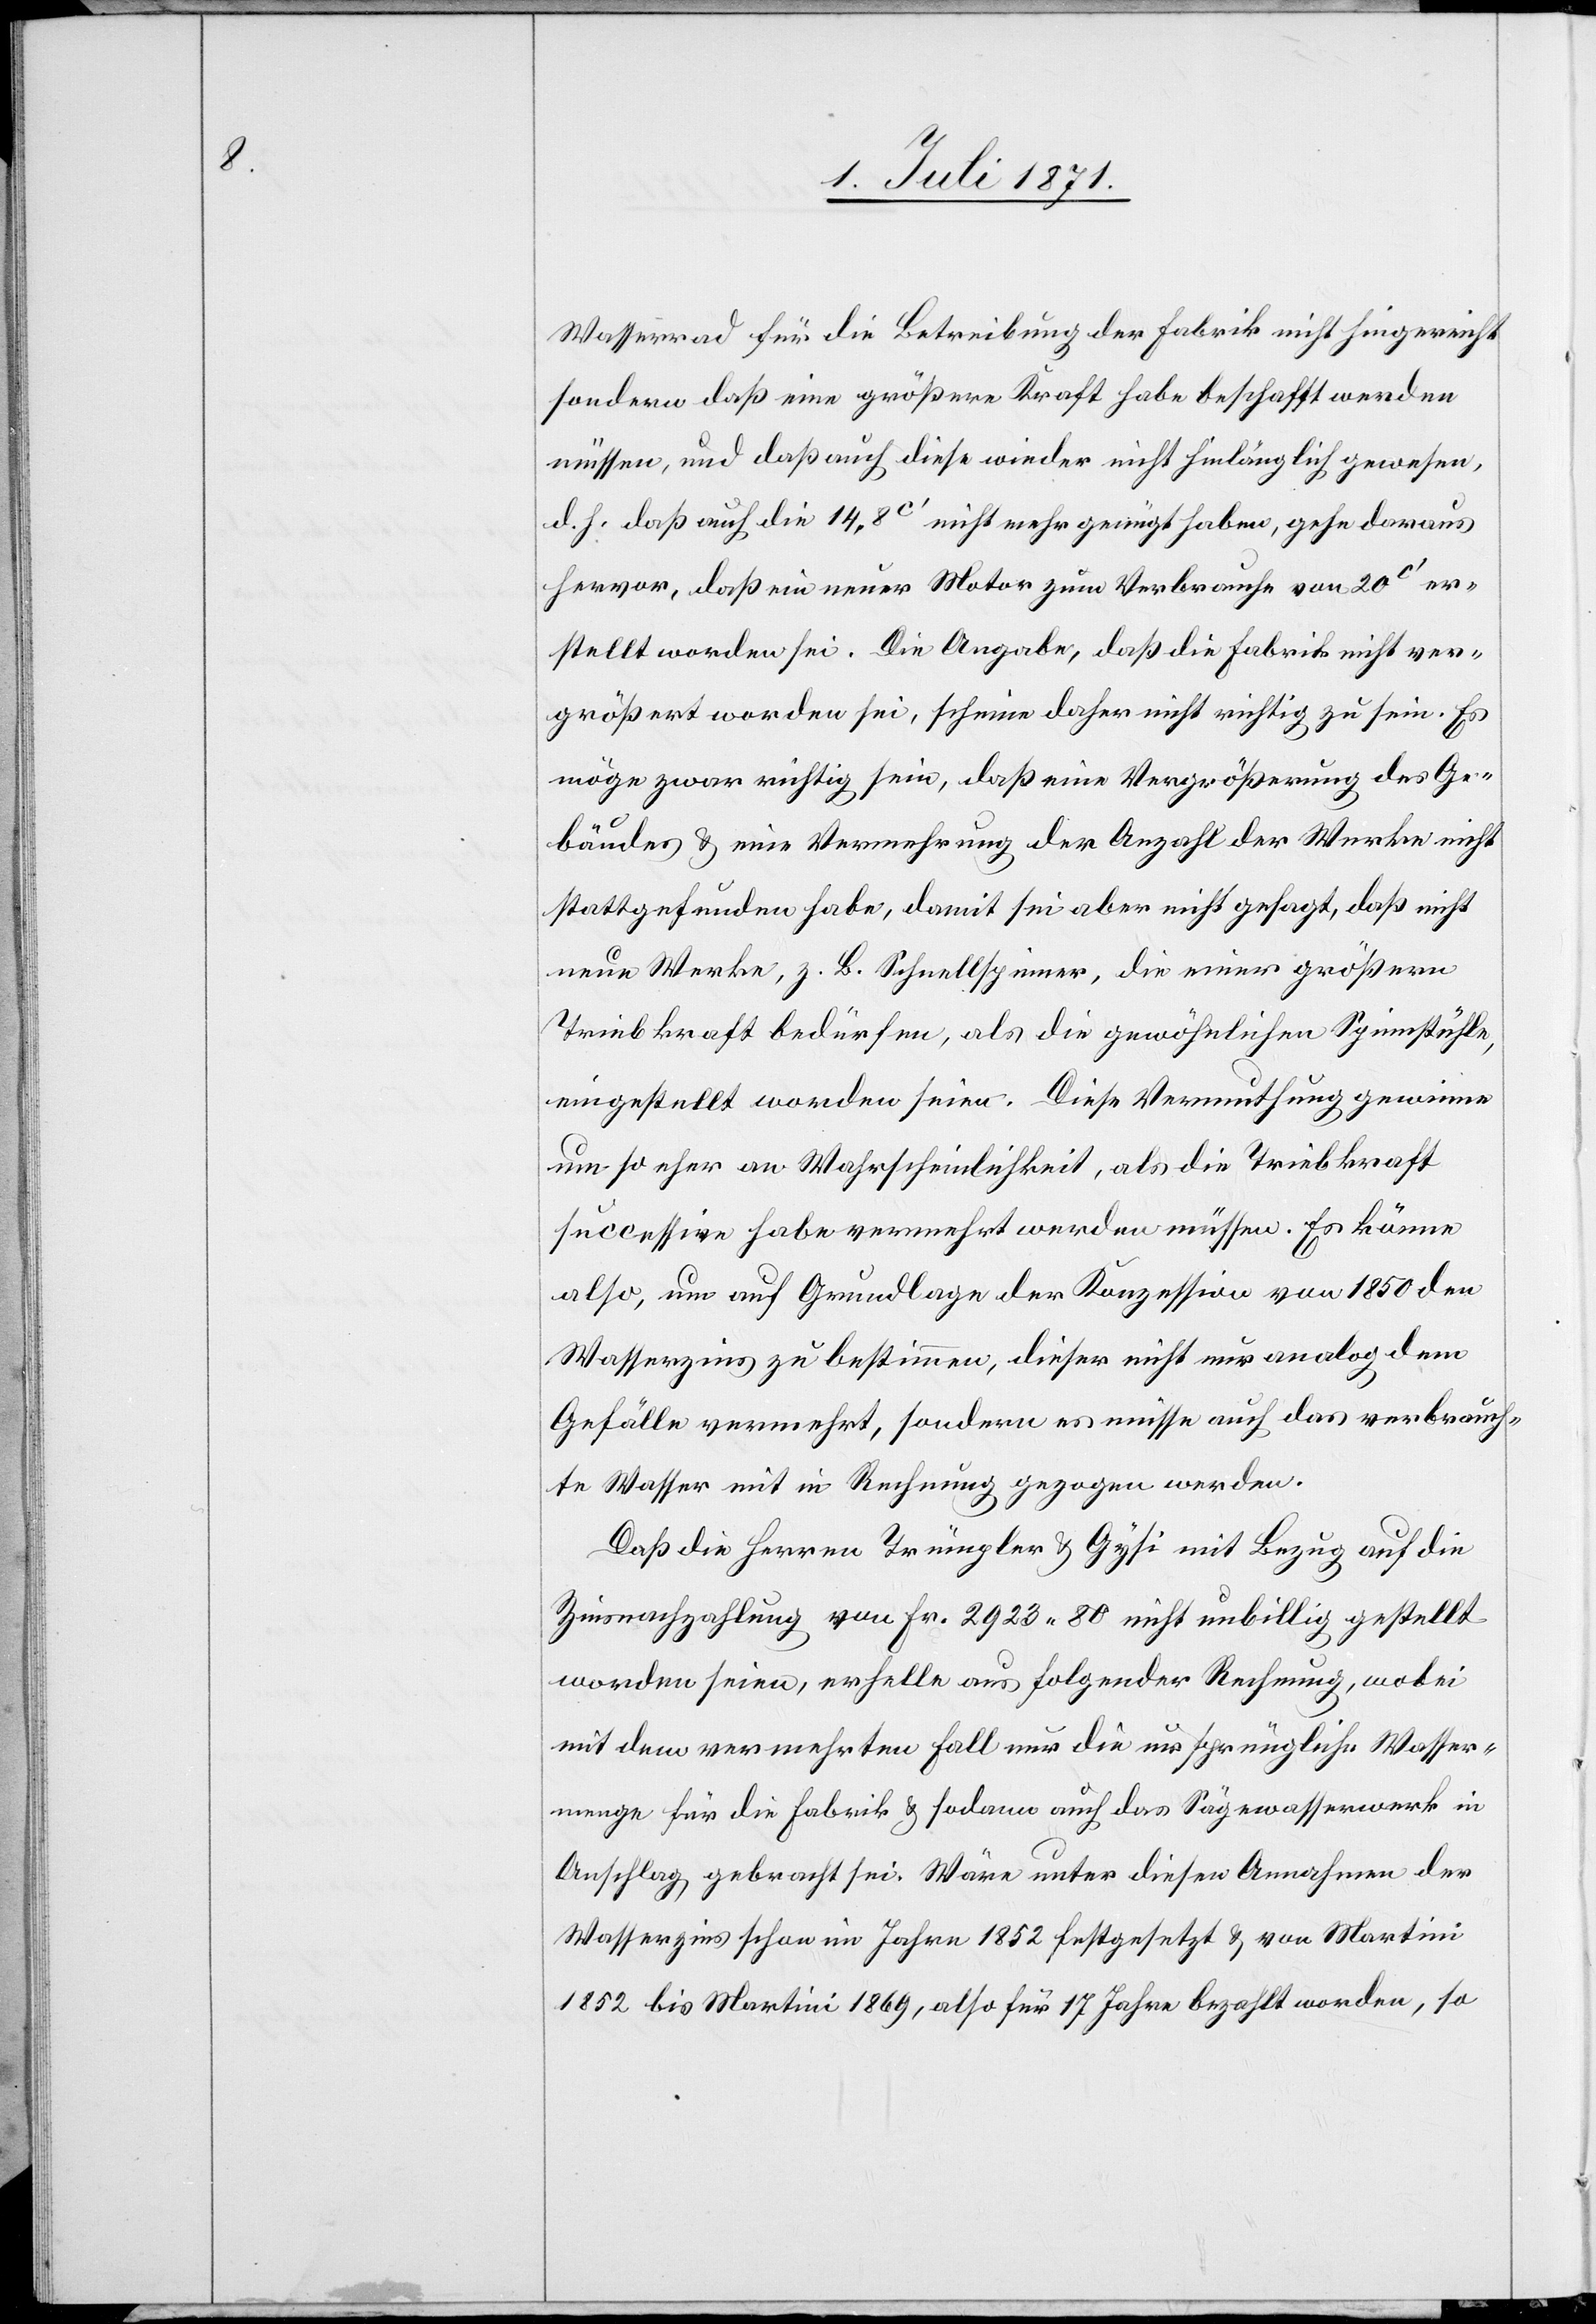
Wasserrad für die Betreibung der Fabrik nicht hingereicht
sondern daß eine größere Kraft habe beschafft werden
müssen, und daß auch diese wieder nicht hinlänglich gewesen,
d. h. daß auch die 14,8c‘ nicht mehr genügt haben, gehe daraus
hervor, daß ein neuer Motor zum Verbrauche von 20c‘ er¬
stellt worden sei. Die Angabe, daß die Fabrik nicht ver¬
größert worden sei, scheine daher nicht richtig zu sein. Es
möge zwar richtig sein, daß eine Vergrößerung des Ge¬
bäudes u. eine Vermehrung der Anzahl der Werke nicht
stattgefunden habe, damit sei aber nicht gesagt, daß nicht
neue Werke, z. B. Schnellspinner, die einer größern
Triebkraft bedürfen, als die gewöhnlichen Spinnstühle,
eingestellt worden seien. Diese Vermuthung gewinne
um so eher an Wahrscheinlichkeit, als die Triebkraft
successive habe vermehrt werden müssen. Es könne
also, um auf Grundlage der Konzession von 1850 den
Wasserzins zu bestimmen, dieser nicht nur analog dem
Gefälle vermehrt, sondern es müsse auch das verbrauch¬
te Wasser mit in Rechnung gezogen werden.
Daß die Herren Trümpler u. Gysi mit Bezug auf die
Zinsnachzahlung von Fr. 2923.80 nicht unbillig gestellt
worden seien, erhelle aus folgender Rechnung, wobei
mit dem vermehrten Fall nur die ursprüngliche Wasser¬
menge für die Fabrik u. sodann auch das Sägewasserwerk in
Anschlag gebracht sei. Wäre unter diesen Annahmen der
Wasserzins schon im Jahre 1852 festgesetzt u. von Martini
1852 bis Martini 1869, also für 17 Jahre bezahlt worden, so